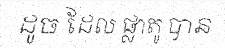
ដូច ដែល ផ្លាតូ បាន